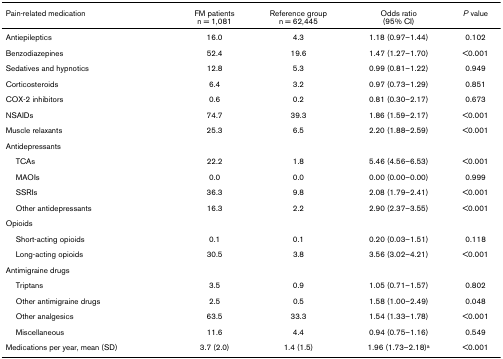
<table><thead><tr><td><b>Pain-related medication</b></td><td><b>FM patientsn = 1,081</b></td><td><b>Reference groupn = 62,445</b></td><td><b>Odds ratio(95% CI)</b></td><td><b><i>P </i>value</b></td></tr></thead><tbody><tr><td>Antiepileptics</td><td>16.0</td><td>4.3</td><td>1.18 (0.97–1.44)</td><td>0.102</td></tr><tr><td>Benzodiazepines</td><td>52.4</td><td>19.6</td><td>1.47 (1.27–1.70)</td><td>&lt;0.001</td></tr><tr><td>Sedatives and hypnotics</td><td>12.8</td><td>5.3</td><td>0.99 (0.81–1.22)</td><td>0.949</td></tr><tr><td>Corticosteroids</td><td>6.4</td><td>3.2</td><td>0.97 (0.73–1.29)</td><td>0.851</td></tr><tr><td>COX-2 inhibitors</td><td>0.6</td><td>0.2</td><td>0.81 (0.30–2.17)</td><td>0.673</td></tr><tr><td>NSAIDs</td><td>74.7</td><td>39.3</td><td>1.86 (1.59–2.17)</td><td>&lt;0.001</td></tr><tr><td>Muscle relaxants</td><td>25.3</td><td>6.5</td><td>2.20 (1.88–2.59)</td><td>&lt;0.001</td></tr><tr><td>Antidepressants</td><td></td><td></td><td></td><td></td></tr><tr><td> TCAs</td><td>22.2</td><td>1.8</td><td>5.46 (4.56–6.53)</td><td>&lt;0.001</td></tr><tr><td> MAOIs</td><td>0.0</td><td>0.0</td><td>0.00 (0.00–0.00)</td><td>0.999</td></tr><tr><td> SSRIs</td><td>36.3</td><td>9.8</td><td>2.08 (1.79–2.41)</td><td>&lt;0.001</td></tr><tr><td> Other antidepressants</td><td>16.3</td><td>2.2</td><td>2.90 (2.37–3.55)</td><td>&lt;0.001</td></tr><tr><td>Opioids</td><td></td><td></td><td></td><td></td></tr><tr><td> Short-acting opioids</td><td>0.1</td><td>0.1</td><td>0.20 (0.03–1.51)</td><td>0.118</td></tr><tr><td> Long-acting opioids</td><td>30.5</td><td>3.8</td><td>3.56 (3.02–4.21)</td><td>&lt;0.001</td></tr><tr><td>Antimigraine drugs</td><td></td><td></td><td></td><td></td></tr><tr><td> Triptans</td><td>3.5</td><td>0.9</td><td>1.05 (0.71–1.57)</td><td>0.802</td></tr><tr><td> Other antimigraine drugs</td><td>2.5</td><td>0.5</td><td>1.58 (1.00–2.49)</td><td>0.048</td></tr><tr><td> Other analgesics</td><td>63.5</td><td>33.3</td><td>1.54 (1.33–1.78)</td><td>&lt;0.001</td></tr><tr><td> Miscellaneous</td><td>11.6</td><td>4.4</td><td>0.94 (0.75–1.16)</td><td>0.549</td></tr><tr><td>Medications per year, mean (SD)</td><td>3.7 (2.0)</td><td>1.4 (1.5)</td><td>1.96 (1.73–2.18)<sup>a</sup></td><td>&lt;0.001</td></tr></tbody></table>